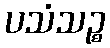
ပသံသဉ္စ